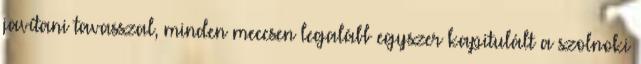
javítani tavasszal, minden meccsen legalább egyszer kapitulált a szolnoki